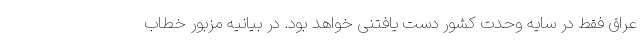
عراق فقط در سایه وحدت کشور دست یافتنی خواهد بود. در بیانیه مزبور خطاب